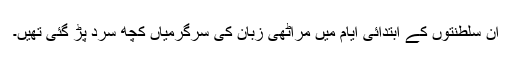
ان سلطنتوں کے ابتدائی ایام میں مراٹھی زبان کی سرگرمیاں کچھ سرد پڑ گئی تھیں۔